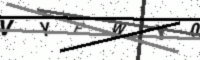
Text: VYEWY0N